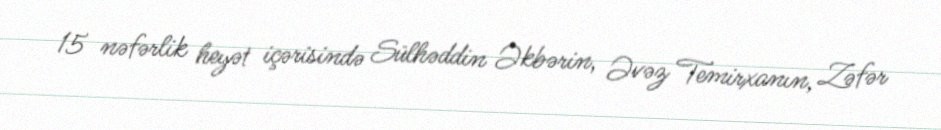
15 nəfərlik heyət içərisində Sülhəddin Əkbərin, Əvəz Temirxanın, Zəfər